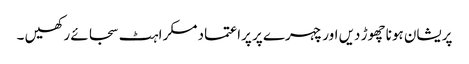
پریشان ہونا چھوڑ دیں اور چہرے پر پراعتماد مسکراہٹ سجائے رکھیں ۔